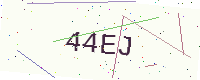
Text: 44EJ